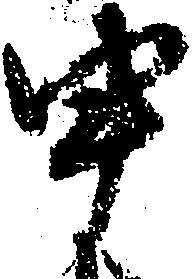
申